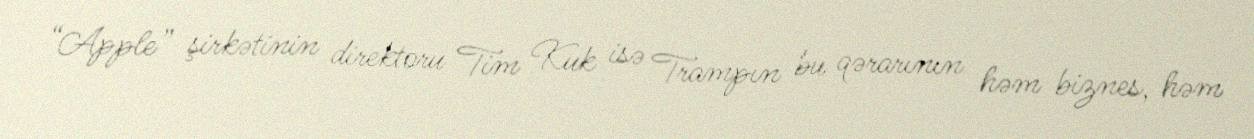
“Apple” şirkətinin direktoru Tim Kuk isə Trampın bu qərarının həm biznes, həm